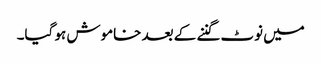
میں نوٹ گننے کے بعد خاموش ہو گیا۔